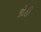
કોઠી